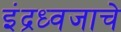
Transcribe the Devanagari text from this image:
इंद्रध्वजाचे